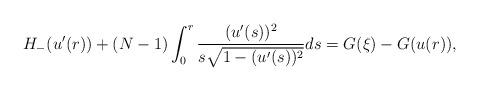
LaTeX: \begin{align*}H_-(u'(r))+(N-1)\int_0^r \frac{(u'(s))^2}{s\sqrt{1-(u'(s))^2}}ds=G(\xi)-G(u(r)),\end{align*}